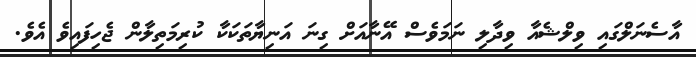
އާސެނަލްގައި ވިލްޝެއާ ވިދާލި ނަމަވެސް އޭނާއަށް ގިނަ އަނިޔާތަކަކާ ކުރިމަތިލާން ޖެހިފައިވެ އެވެ.